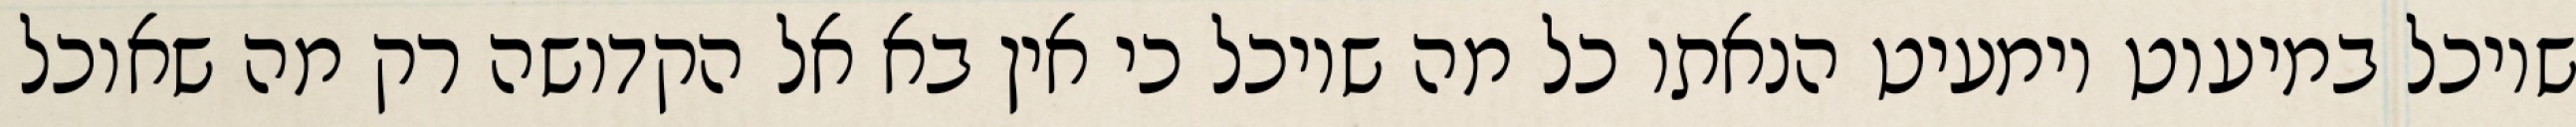
שיוכל במיעוט וימעיט הנאתו כל מה שיוכל כי אין בא אל הקדושה רק מה שאוכל